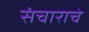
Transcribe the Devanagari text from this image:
संचाराचे